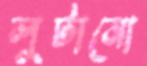
লুটানো